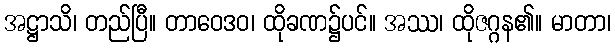
အဋ္ဌာသိ၊ တည်ပြီ။ တာဝေဒဝ၊ ထိုခဏ၌ပင်။ အဿ၊ ထိုဇဂ္ဂန၏။ မာတာ၊